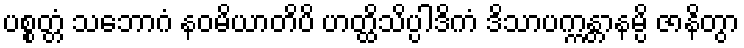
ပစ္စတ္တံ သဘောဂံ နဝမိယာတိပိ ဟတ္ထိသိပ္ပါဒိကံ ဒိသာပက္ကန္တာနမ္ပိ ဇာနိတွာ